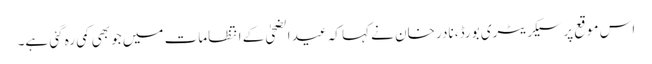
اس موقع پر سیکریٹری بورڈ، نادر خان نے کہا کہ عید الضحیٰ کے انتظامات میں جو بھی کمی رہ گئی ہے۔